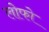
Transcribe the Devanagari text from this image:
लोफो